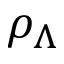
\rho _ { \Lambda }